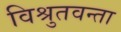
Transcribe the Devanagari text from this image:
विश्रुतवन्ता